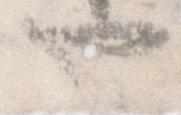
也